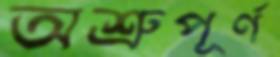
অশ্রুপূর্ণ